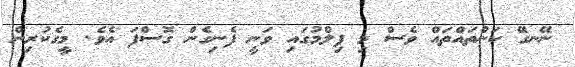
ނޭނގޭ ކަންތައްތައް ވެސް މި ފިލްމުގައި ވަނީ ފެނިގެން ގޮސްފަ އެވެ. މީގެކުރިން